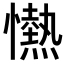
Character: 𢤢